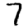
Digit: 7